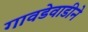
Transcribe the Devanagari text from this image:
गावडेवाडीने